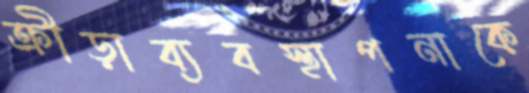
ক্রীড়াব্যবস্থাপনাকে